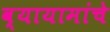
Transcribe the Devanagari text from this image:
व्यायामांचे